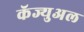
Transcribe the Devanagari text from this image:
कॅज्युअल